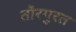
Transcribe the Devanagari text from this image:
तौरगुरत